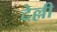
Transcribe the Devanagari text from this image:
देल्ली